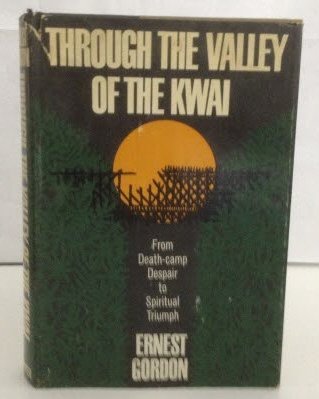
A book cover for Through the valley of the Kwai; Ernest Gordon; History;